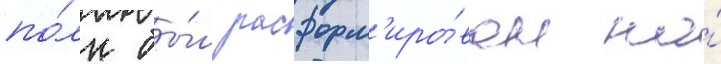
по́лк бы́л расформ'иро́ван на́